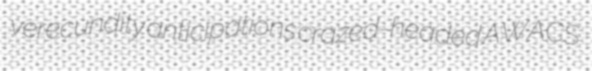
verecundity anticipations crazed-headed AWACS